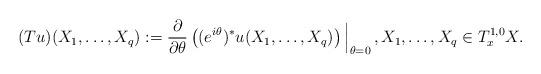
LaTeX: \begin{align*}(Tu)(X_1,\ldots, X_q):=\frac{\partial}{\partial\theta}\left((e^{i\theta})^\ast u(X_1,\ldots, X_q)\right)\Big|_{\theta=0}\,,X_1,\ldots, X_q\in T_x^{1,0}X.\end{align*}